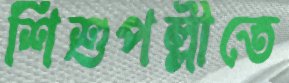
শিশুপল্লীতে